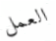
العمل